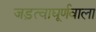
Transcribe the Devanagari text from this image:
जड़त्वाघूर्णवाला